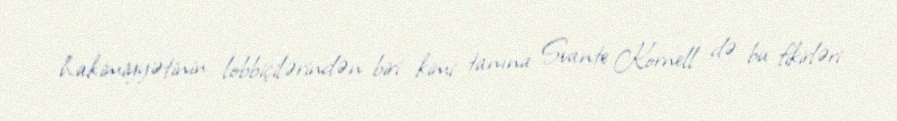
hakimiyyətinin lobbiçilərindən biri kimi tanına Svante Kornell də bu fikirləri